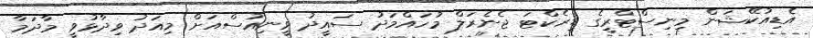
އެޑިއުކޭޝަން މިނިސްޓްރީގެ ޑިރެކްޓަ ޖެނެރަލް މުހައްމަދު ސައީދު ވީނިއުސްއަށް މިއަދު ވިދާޅުވީ މާދަމާ